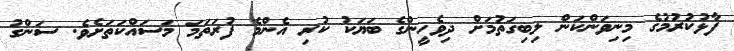
ފާޅުކުރުމުގެ މިނިވަންކަން ލިބިގަތުމަށް ދިވެހީންގެ ބަޔަކު ކުރި އެންމެ ފުރަތަމަ މަސައްކަތަށެވެ. ސަންގު